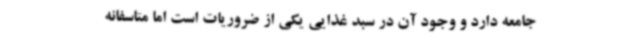
جامعه دارد و وجود آن در سبد غذایی یکی از ضروریات است اما متاسفانه